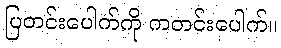
ပြတင်းပေါက်ကို ကတင်းပေါက်။